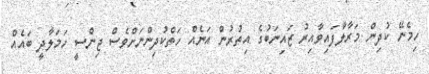
ހިމެނޭ ކުދިން މަރާލާފައިވާއިރު ޒައިނަބުގެ އިތުރުން އަނެއް ހަތްކުދިންނަށްވެސް ޖިންސީ ހަމަލާދީ ބައެއް